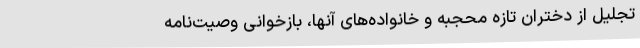
تجلیل از دختران تازه محجبه و خانواده‌های آنها، بازخوانی وصیت‌نامه